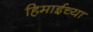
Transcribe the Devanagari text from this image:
हिमाईच्या